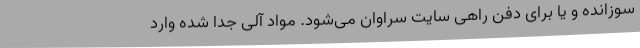
سوزانده و یا برای دفن راهی سایت سراوان می‌شود. مواد آلی جدا شده وارد